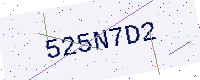
Text: 525N7D2